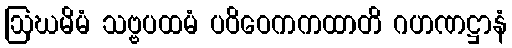
ဩဃမိမံ သဗ္ဗပထမံ ပဝိဝေကကထာတိ ဂဟဏဋ္ဌာနံ